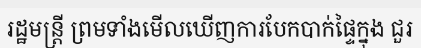
រដ្ឋមន្ត្រី ព្រមទាំងមើលឃើញការបែកបាក់ផ្ទៃក្នុង ជួរ